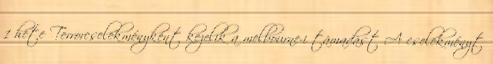
1 hete Terrorcselekményként kezelik a melbourne-i támadást A cselekményt